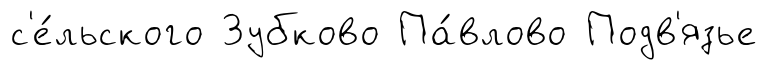
с'е́льского Зубково Па́влово Подв'язье